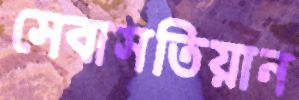
সেবাসতিয়ান